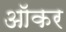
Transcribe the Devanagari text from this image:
ऑकर